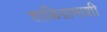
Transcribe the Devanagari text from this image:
शाळिग्रामाशी